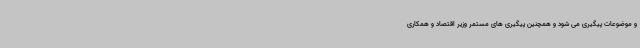
و موضوعات پیگیری می شود و همچنین پیگیری های مستمر وزیر اقتصاد و همکاری